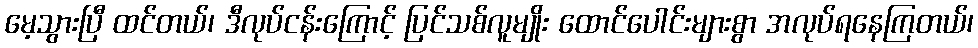
မေ့သွားပြီ ထင်တယ်၊ ဒီလုပ်ငန်းကြောင့် ပြင်သစ်လူမျိုး ထောင်ပေါင်းများစွာ အလုပ်ရနေကြတယ်၊